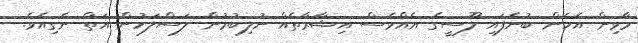
މާވިން އެހެން ބުނެފައި ލޫސީގެ އެއްވެސް އިޝާރާތެއް ނުލިބުމުން ލަސްލަހުން އަތް ނެގިއެވެ.